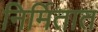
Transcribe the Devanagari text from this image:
निर्मितात